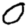
Digit: 0